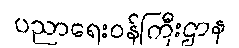
ပညာရေးဝန်ကြီးဌာန